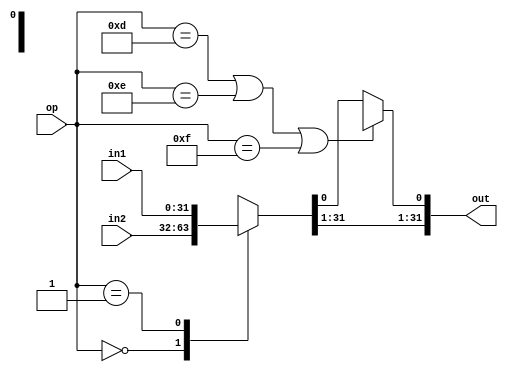
module ula_fx
#(
	parameter NUBITS = 32,
	parameter[NUBITS-1:0] NUGAIN = 64,
	parameter DIV   =  0,
	parameter OR    =  0,
	parameter LOR   =  0,
	parameter GRE   =  0,
	parameter MOD   =  0,
	parameter ADD   =  0,
	parameter MLT   =  0,
	parameter LES   =  0,
	parameter EQU   =  0,
	parameter AND   =  0,
	parameter LAN   =  0,
	parameter INV   =  0,
	parameter LIN   =  0,
	parameter SHR   =  0,
	parameter XOR   =  0,
	parameter SHL   =  0,
	parameter SRS   =  0,
	parameter NRM   =  0,
	parameter ABS   =  0)
(
	input             [       4:0] op,
	input      signed [NUBITS-1:0] in1, in2,
	output     signed [NUBITS-1:0] out
);

// Bitwise --------------------------------------------------------------------

wire        [NUBITS-1:0] us;

generate if ((SHR == 1) || (SHL == 1) || (SRS == 1))
assign us = in2;
endgenerate

wire signed [NUBITS-1:0] div;
wire signed [NUBITS-1:0] orr;
wire signed [NUBITS-1:0] mod;
wire signed [NUBITS-1:0] add;
wire signed [NUBITS-1:0] mlt;
wire signed [NUBITS-1:0] ann;
wire signed [NUBITS-1:0] inv;
wire signed [NUBITS-1:0] shr;
wire signed [NUBITS-1:0] cor;
wire signed [NUBITS-1:0] shl;
wire signed [NUBITS-1:0] srs;
wire signed [NUBITS-1:0] nrm;
reg signed  [NUBITS-1:0] abs;


generate if (DIV == 1) assign div = in1  / in2; else assign div = {NUBITS{1'bx}}; endgenerate
generate if (OR  == 1) assign orr = in1  | in2; else assign orr = {NUBITS{1'bx}}; endgenerate
generate if (MOD == 1) assign mod = in1  % in2; else assign mod = {NUBITS{1'bx}}; endgenerate
generate if (ADD == 1) assign add = in1  + in2; else assign add = {NUBITS{1'bx}}; endgenerate
generate if (MLT == 1) assign mlt = in1  * in2; else assign mlt = {NUBITS{1'bx}}; endgenerate
generate if (AND == 1) assign ann = in1  & in2; else assign ann = {NUBITS{1'bx}}; endgenerate
generate if (INV == 1) assign inv =       ~in2; else assign inv = {NUBITS{1'bx}}; endgenerate
generate if (SHR == 1) assign shr = in1  >> us; else assign shr = {NUBITS{1'bx}}; endgenerate
generate if (XOR == 1) assign cor = in1  ^ in2; else assign cor = {NUBITS{1'bx}}; endgenerate
generate if (SHL == 1) assign shl = in1  << us; else assign shl = {NUBITS{1'bx}}; endgenerate
generate if (SRS == 1) assign srs = in1 >>> us; else assign srs = {NUBITS{1'bx}}; endgenerate
generate if (NRM == 1) assign nrm = in2  / NUGAIN; else assign  nrm = {NUBITS{1'bx}}; endgenerate
generate if (ABS == 1) 
			begin
				always @(*) 
					if(in2[NUBITS-1]) 
						abs = -in2 ;
					else 
						abs = in2; 
			end
			else 
				always@(*) 
					abs = {NUBITS{1'bx}};
endgenerate
			

reg  signed [NUBITS-1:0] ari_out;

always @ (*) begin
	case (op)
		5'd0   : ari_out <=  in2;    // NOP
		5'd1   : ari_out <=  in1;    // LOAD
		5'd2   : ari_out <=  add;    // ADD
		5'd3   : ari_out <=  mlt;    // MLT
		5'd4   : ari_out <=  div;    // DIV
		5'd5   : ari_out <=  mod;    // MOD
		5'd6   : ari_out <=  shl;    // SHL
		5'd7   : ari_out <=  shr;    // SHR
		5'd8   : ari_out <=  srs;    // SRS
		5'd9   : ari_out <=  inv;    // INV
		5'd10  : ari_out <=  ann;    // AND
		5'd11  : ari_out <=  cor;    // XOR
		5'd12  : ari_out <=  orr;    // OR
		5'd16  : ari_out <=  nrm;    // NORM
		5'd17  : ari_out <=  abs;    // ABS
		default: ari_out <= {NUBITS{1'bx}};
	endcase
end

// Logico ---------------------------------------------------------------------

wire les, gre, equ, lin, lan, lor;

generate if  (LES == 1)                assign les = in1  <   in2   ; else assign les = 1'bx; endgenerate
generate if  (GRE == 1)                assign gre = in1  >   in2   ; else assign gre = 1'bx; endgenerate
generate if  (EQU == 1)                assign equ = in1  ==  in2   ; else assign equ = 1'bx; endgenerate
generate if ((LIN == 1) && (INV == 0)) assign lin =         ~in2[0]; else assign lin = 1'bx; endgenerate
generate if ((LAN == 1) && (AND == 0)) assign lan = in1[0] & in2[0]; else assign lan = 1'bx; endgenerate
generate if ((LOR == 1) && (OR  == 0)) assign lor = in1[0] | in2[0]; else assign lor = 1'bx; endgenerate

reg cmp;

always @ (*) begin
	case (op)
		5'd13  : cmp <= les;      // LES
		5'd14  : cmp <= gre;      // GRE
		5'd15  : cmp <= equ;      // EQU
		5'd9   : cmp <= lin;      // LIN
		5'd10  : cmp <= lan;      // LAN
		5'd12  : cmp <= lor;      // LOR
		default: cmp <= 1'bx;
	endcase
end

// Saida ----------------------------------------------------------------------

wire lin_ok, lan_ok, lor_ok;

generate if (LIN == 1) assign lin_ok = (INV == 0) & (op == 5'd9 ); else assign lin_ok = 1'd0; endgenerate
generate if (LAN == 1) assign lan_ok = (AND == 0) & (op == 5'd10); else assign lan_ok = 1'd0; endgenerate
generate if (LOR == 1) assign lor_ok = (OR  == 0) & (op == 5'd12); else assign lor_ok = 1'd0; endgenerate

assign out[NUBITS-1:1] = ari_out[NUBITS-1:1];
assign out[0] = ((op == 5'd13)||(op == 5'd14)||(op == 5'd15) || lin_ok || lan_ok || lor_ok) ? cmp: ari_out[0];

endmodule